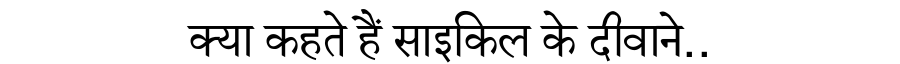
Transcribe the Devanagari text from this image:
क्या कहते हैं साइकिल के दीवाने..